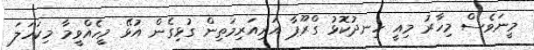
މީނަވެސް މިހާރު މިއީ ހިނދުކޮޅު ގްރޫޕާ އަރިއަރިމަތިން ގުޅިގެން އުޅޭ މީހެއްވީމާ މިކަހަލަ